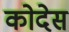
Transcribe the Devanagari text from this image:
कोदेस